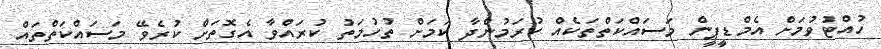
ހުއްޓުވުމަށް އެމްޑީޕީން މަސައްކަތްތަކެއް ކުރަމުންދާ ކަމަށް ތުހުމަތު ކުރައްވާ އެގޮތަށް ކުރެވޭ މަސައްކަތްތައް